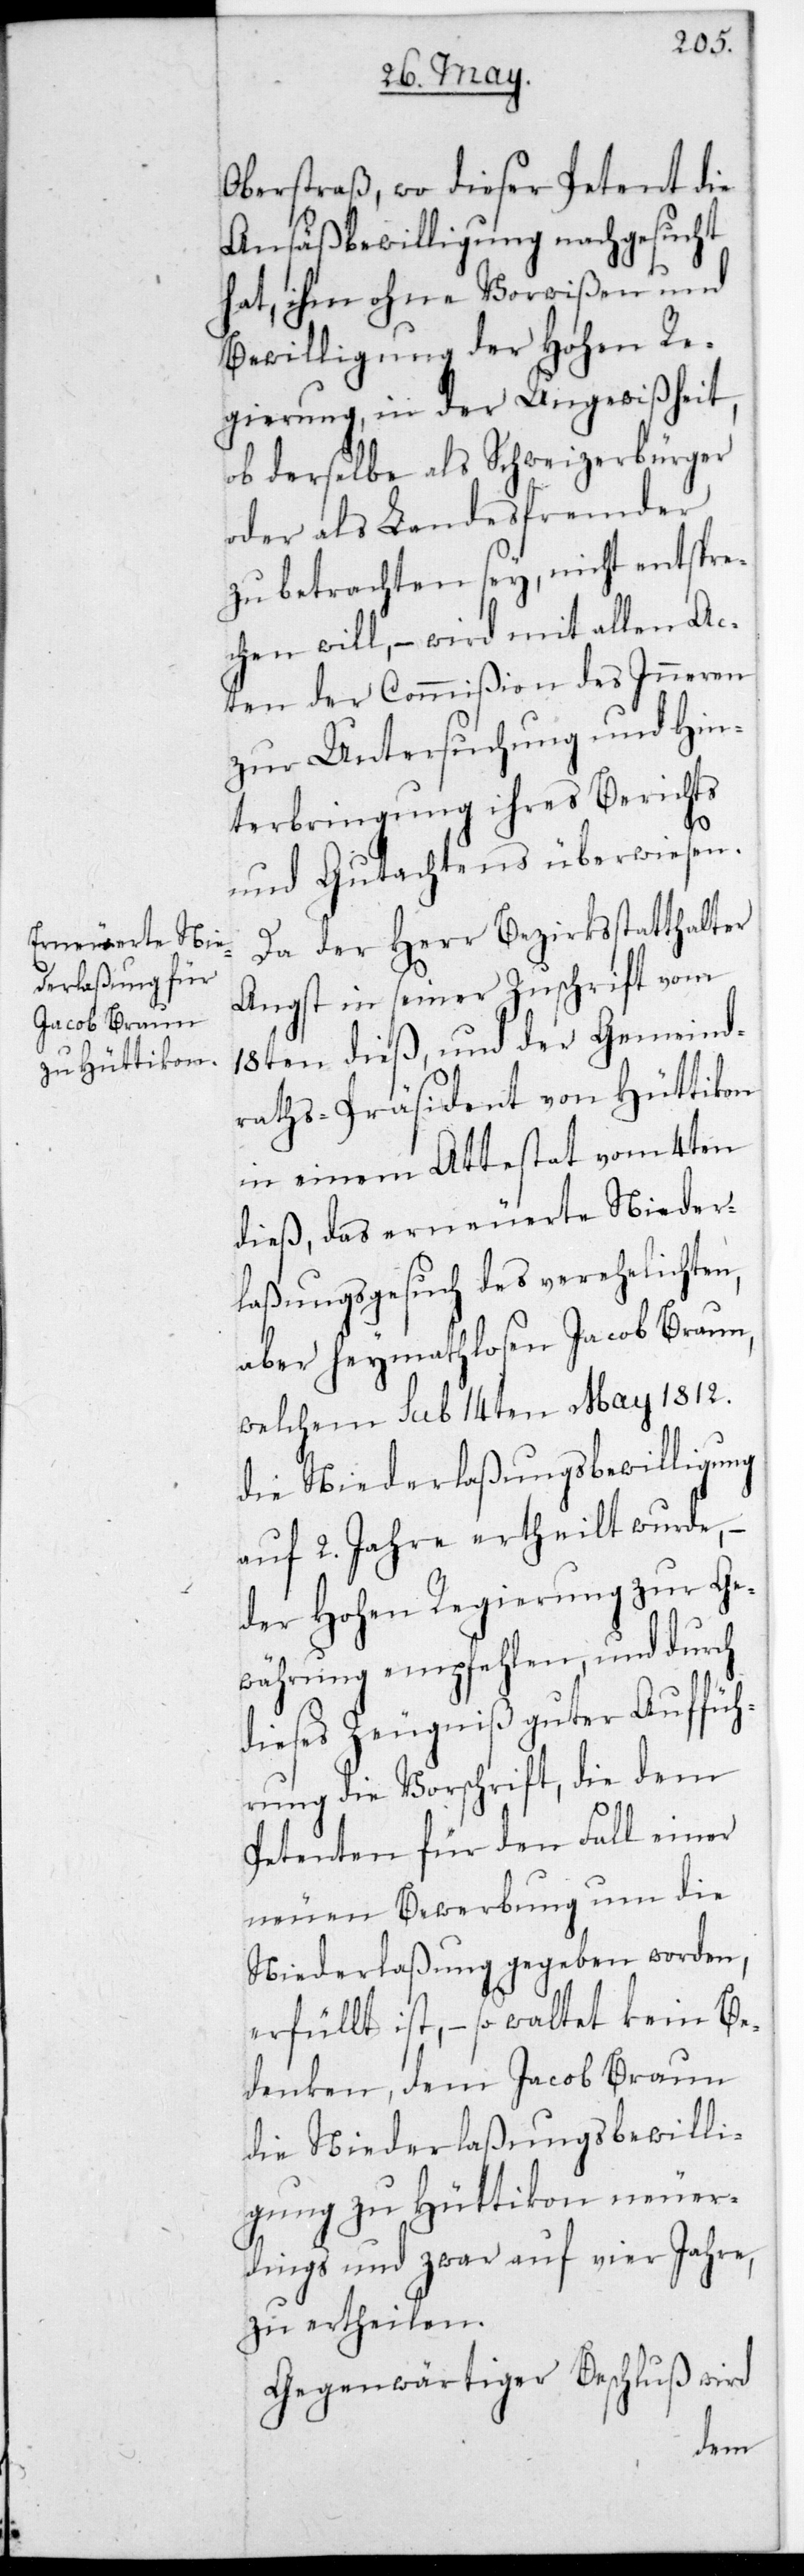
Oberstraß, wo dieser Petent die
Ansäßbewilligung nachgesucht
hat, ihm ohne Vorwißen und
Bewilligung der Hohen Re¬
gierung, in der Ungewißheit,
ob derselbe als Schweizerbürger
oder als Landesfremder
zu betrachten sey, nicht entspre¬
chen will, – wird mit allen Ac¬
ten der Commißion des Inneren
zur Untersuchung und Hin¬
terbringung ihres Berichts
und Gutachtens überwiesen.
Da der Herr Bezirksstatthalter
Angst in seiner Zuschrift vom
18ten dieß, und der Gemeind¬
raths-Präsident von Hüttikon
in einem Attestat vom 4ten
dieß, das erneuerete Nieder¬
laßungsgesuch des verehelichten,
aber heymathlosen Jacob Braun,
welchem sub 14ten May 1812.
die Niederlaßungsbewilligung
auf 2. Jahre ertheilt wurde, –
der Hohen Regierung zur Ge¬
währung empfehlen, und durch
dieses Zeugniß guter Auffüh¬
rung die Vorschrift, die dem
Petenten für den Fall einer
neuen Bewerbung um die
Niederlaßung gegeben worden,
erfüllt ist, – so waltet kein Be¬
denken, dem Jacob Braun
die Niederlaßungsbewilli¬
gung zu Hüttikon neuer¬
dings und zwar auf vier Jahre,
zu ertheilen.
Gegenwärtiger Beschluß wird